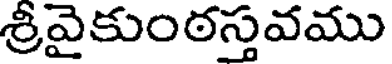
శ్రీవైకుంఠస్తవము